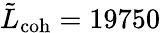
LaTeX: \tilde{L}_{\mathrm{coh}}=19750